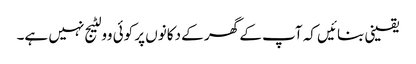
یقینی بنائیں کہ آپ کے گھر کے دکانوں پر کوئی وولٹیج نہیں ہے۔